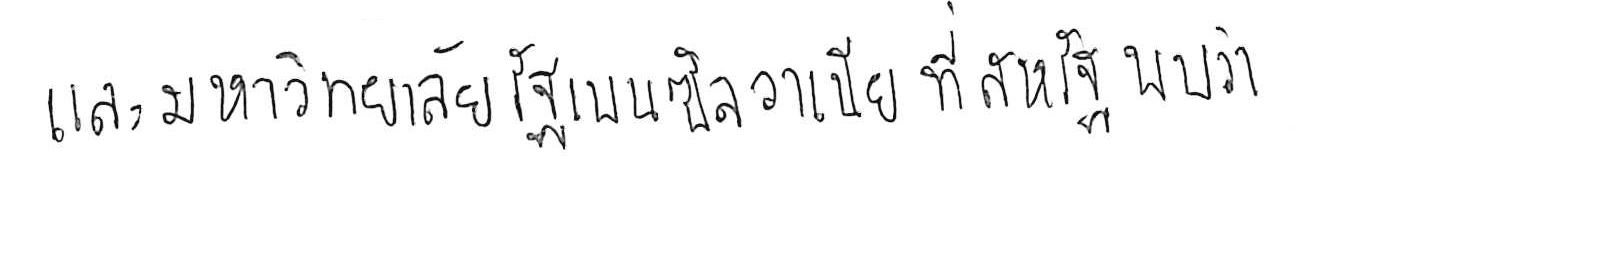
และมหาวิทยาลัยรัฐเพนซิลวาเนีย ที่สหรัฐ พบว่า